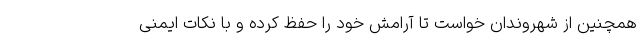
همچنین از شهروندان خواست تا آرامش خود را حفظ کرده و با نکات ایمنی